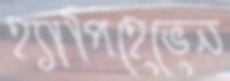
হ্যাপিহেভেন